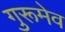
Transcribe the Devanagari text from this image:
गुरूमेव